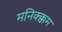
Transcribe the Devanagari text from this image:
मनिक्क्कम